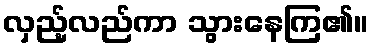
လှည့်လည်ကာ သွားနေကြ၏။